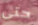
حتى